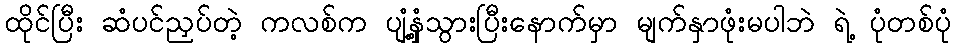
ထိုင်ပြီး ဆံပင်ညှပ်တဲ့ ကလစ်က ပျံ့နှံ့သွားပြီးနောက်မှာ မျက်နှာဖုံးမပါဘဲ ရဲ့ ပုံတစ်ပုံ